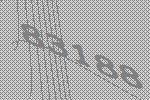
83188